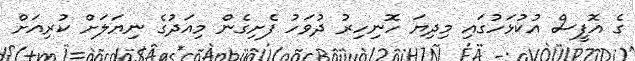
ގެ އޮފީސް އުކުޅަހުގައި މިދިޔަ ހޮނިހިރު ދުވަހު ފެށިގެން މިއަދުގެ ނިޔަލަށް ކުރިއަށް